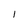
Character: l